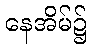
နေအိမ်၌